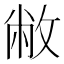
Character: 敝